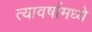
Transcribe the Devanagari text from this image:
त्यावर्षामध्ये